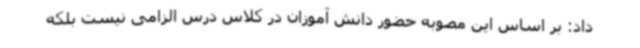
داد: بر اساس این مصوبه حضور دانش آموزان در کلاس درس الزامی نیست بلکه